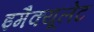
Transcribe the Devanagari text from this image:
इमैक्यूलेट